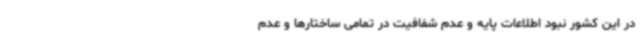
در این کشور نبود اطلاعات پایه و عدم شفافیت در تمامی ساختارها و عدم